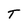
Character: T